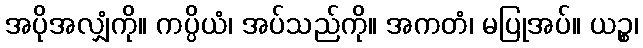
အပိုအလျှံကို။ ကပ္ပိယံ၊ အပ်သည်ကို။ အကတံ၊ မပြုအပ်။ ယဉ္စ၊